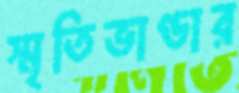
স্মৃতিভাণ্ডার